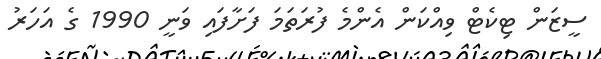
ސީޒަން ޓިކެޓް ވިއްކަން އެންމެ ފުރަތަމަ ފަށާފައި ވަނީ 1990 ގެ އަހަރު